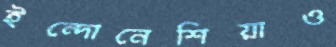
ইন্দোনেশিয়াও